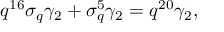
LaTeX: q ^ { 1 6 } \sigma _ { q } \gamma _ { 2 } + \sigma _ { q } ^ { 5 } \gamma _ { 2 } = q ^ { 2 0 } \gamma _ { 2 } ,